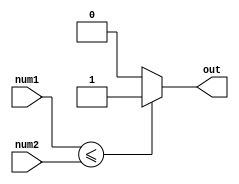
module less_than_or_equal_to (
    input [7:0] num1,
    input [7:0] num2,
    output reg out
);

always @* begin
    if (num1 <= num2) begin
        out = 1; // num1 is less than or equal to num2
    end else begin
        out = 0; // num1 is greater than num2
    end
end

endmodule